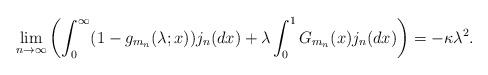
LaTeX: \begin{align*}\lim_{n \to \infty}\left( \int_{0}^{\infty}(1-g_{m_n}(\lambda;x))j_n(dx) + \lambda \int_{0}^{1}G_{m_n}(x)j_n(dx)\right) = -\kappa\lambda^2. \end{align*}